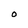
Character: O